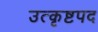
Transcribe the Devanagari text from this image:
उत्कृष्टपद